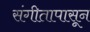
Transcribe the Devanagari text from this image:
संगीतापासून